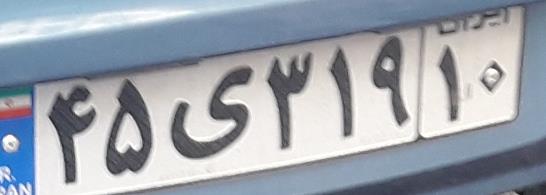
۴۵ی۳۱۹۱۰